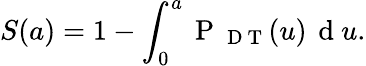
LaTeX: S(a)=1-\int_{0}^{a}{\mathrm{~P~}_{\mathrm{~D~T~}}(u)\, \mathrm{~d~}u}.